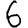
Digit: 6